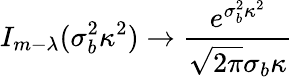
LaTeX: I_{m-\lambda}(\sigma_{b}^{2}\kappa^{2})\rightarrow\frac{e^{\sigma_{b}^{2}\kappa^{2}}}{\sqrt{2\pi}\sigma_{b}\kappa}